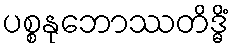
ပစ္စနုဘောဿတိဒ္ဓိံ